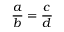
{ \frac { a } { b } } = { \frac { c } { d } }